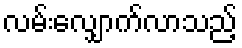
လမ်းလျှောက်လာသည့်